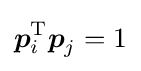
{\boldsymbol {p}}_{i}^{\mathrm {T} }{\boldsymbol {p}}_{j}=1